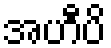
အဟီပိ